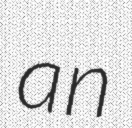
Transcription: an